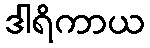
ဒါရိကာယ